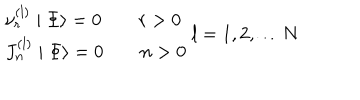
LaTeX: \begin{array} { l } { { \nu _ { r } ^ { \left( l \right) } \mid \Phi \rangle = 0 \qquad r > 0 } } \\ { { J _ { n } ^ { \left( l \right) } \mid \Phi \rangle = 0 \qquad n > 0 } } \\ \end{array} \begin{array} { c } { { l = 1 , 2 , \ldots N } } \\ \end{array}